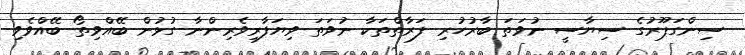
ސިންގަޕޫރުގެ ސިޔާސީ ނުވަތަ ބާރުހުރި ފަރާތްތަކާ ނުވަތަ ވިޔަފާރިވެރިންނާ ގުޅުން ބޭއްވިތޯ ބޭއްވެވި